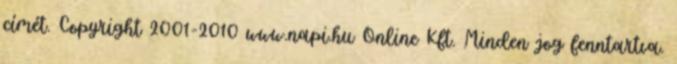
címét. Copyright 2001-2010 www.napi.hu Online Kft. Minden jog fenntartva.